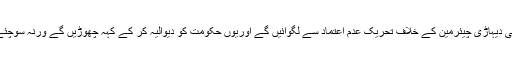
مجھے لگتا ہے کہ یہ دونوں مل کر سینٹ کے غریب ارکان کی اگلی دیہاڑی چیئرمین کے خلاف تحریک عدم اعتماد سے لگوائیں گے اوریوں حکومت کو دیوالیہ کر کے کہہ چھوڑیں گے ورنہ سوچئے بھلا سنجرانی جیسا بھلا مانس چیئرمین سینیٹ کہاں سے ملتا ہے۔